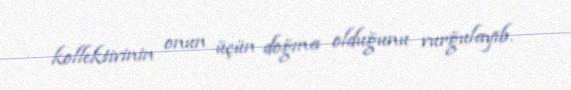
kollektivinin onun üçün doğma olduğunu vurğulayıb.